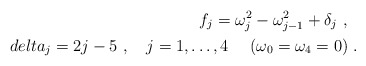
\begin{align*}f_j = \omega_j^2 - \omega^2_{j-1} + \delta_j \ , \ \ \\delta_j = 2j - 5 \ , \ \ \ j=1,\ldots,4 \ \ \ \ (\omega_0=\omega_4=0)\ . \end{align*}